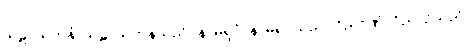
သဠာယတနံ၊ သဠာယတနသည်။ နာမရူပံ၊ နာမ်ရုပ်သည်။ ဝိညာဏံ၊ ဝိညာဉ်သည်။